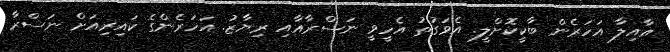
އާއިލާ އަހަރެން ބާކީކޮށްލީ. އެވަގުތު އެހީވީ ނަސްރާއާއި ރިޔާޒު. އަހަރެންގެ ކައިރިއަށް ނަސްރާ